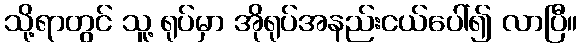
သို့ရာတွင် သူ့ ရုပ်မှာ အိုရုပ်အနည်းငယ်ပေါ်၍ လာပြီ။